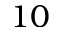
1 0